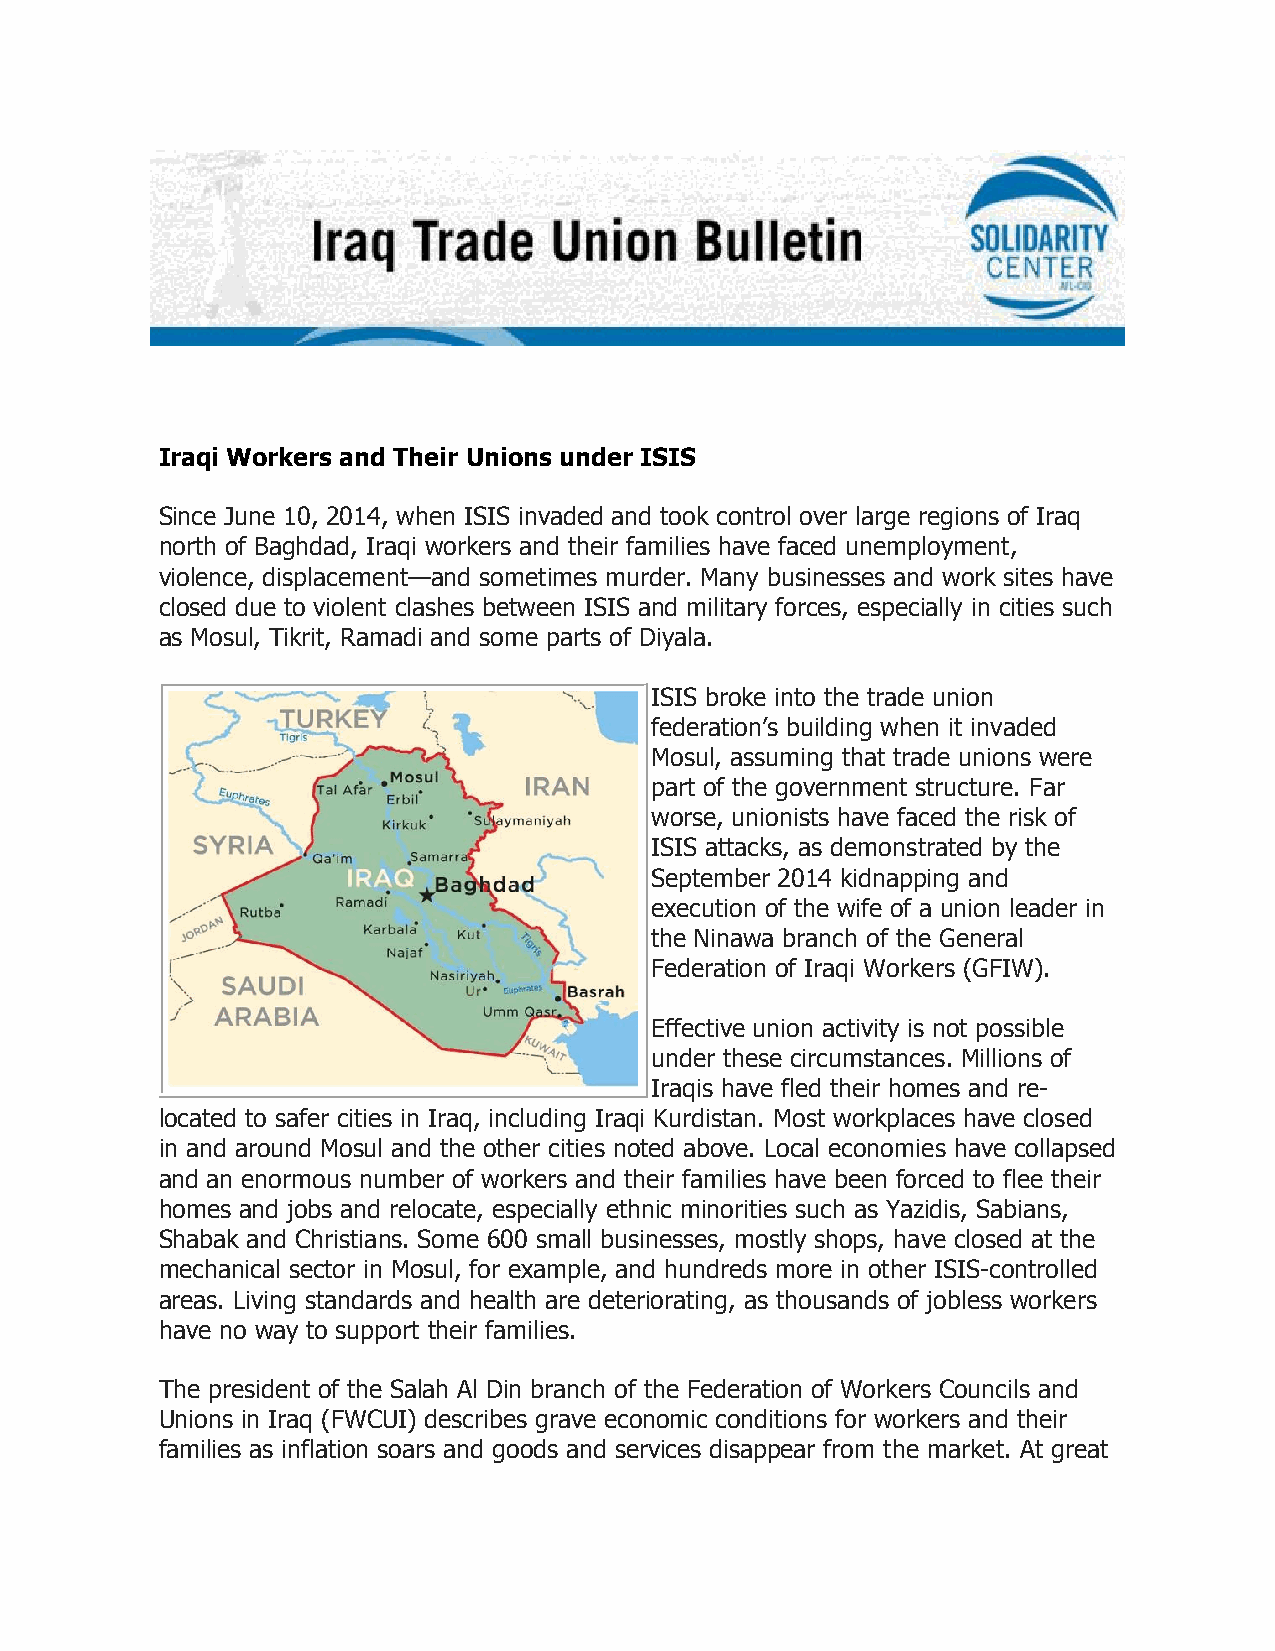
Iraqi Workers and Their Unions under ISIS
 Since June 10, 2014, when ISIS invaded and took control over large regions of Iraq
 north of Baghdad, Iraqi workers and their families have faced unemployment,
 violence, displacement—and sometimes murder. Many businesses and work sites have
 closed due to violent clashes between ISIS and military forces, especially in cities such
 as Mosul, Tikrit, Ramadi and some parts of Diyala.
 ISIS broke into the trade union
 federation’s building when it invaded
 Mosul, assuming that trade unions were
 part of the government structure. Far
 worse, unionists have faced the risk of
 ISIS attacks, as demonstrated by the
 September 2014 kidnapping and
 execution of the wife of a union leader in
 the Ninawa branch of the General
 Federation of Iraqi Workers (GFIW).
 Effective union activity is not possible
 under these circumstances. Millions of
 Iraqis have fled their homes and re-
 located to safer cities in Iraq, including Iraqi Kurdistan. Most workplaces have closed
 in and around Mosul and the other cities noted above. Local economies have collapsed
 and an enormous number of workers and their families have been forced to flee their
 homes and jobs and relocate, especially ethnic minorities such as Yazidis, Sabians,
 Shabak and Christians. Some 600 small businesses, mostly shops, have closed at the
 mechanical sector in Mosul, for example, and hundreds more in other ISIS-controlled
 areas. Living standards and health are deteriorating, as thousands of jobless workers
 have no way to support their families.
 The president of the Salah Al Din branch of the Federation of Workers Councils and
 Unions in Iraq (FWCUI) describes grave economic conditions for workers and their
 families as inflation soars and goods and services disappear from the market. At great